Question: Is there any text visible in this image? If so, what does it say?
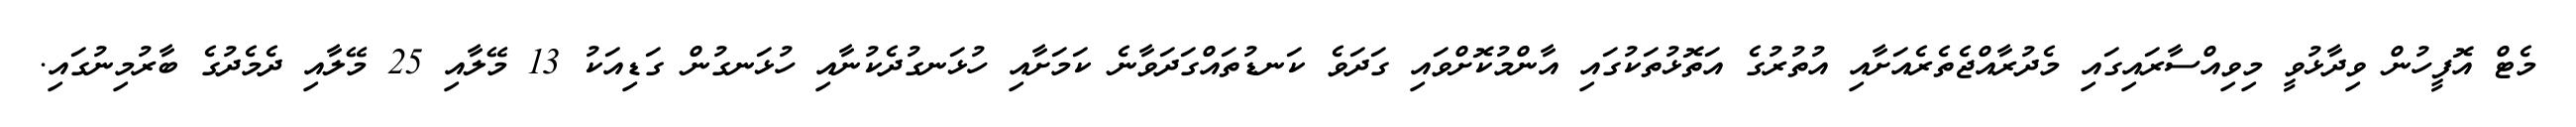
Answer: މެޓް އޮފީހުން ވިދާޅުވީ މިވިއްސާރައިގައި މެދުރާއްޖެތެރެއަށާއި އުތުރުގެ އަތޮޅުތަކުގައި އާންމުކޮށްވައި ގަދަވެ ކަނޑުތައްގަދަވާނެ ކަމަށާއި ހުޅަނގުދެކުނާއި ހުޅަނގުން ގަޑިއަކު 13 މޭލާއި 25 މޭލާއި ދެމެދުގެ ބާރުމިނުގައި.